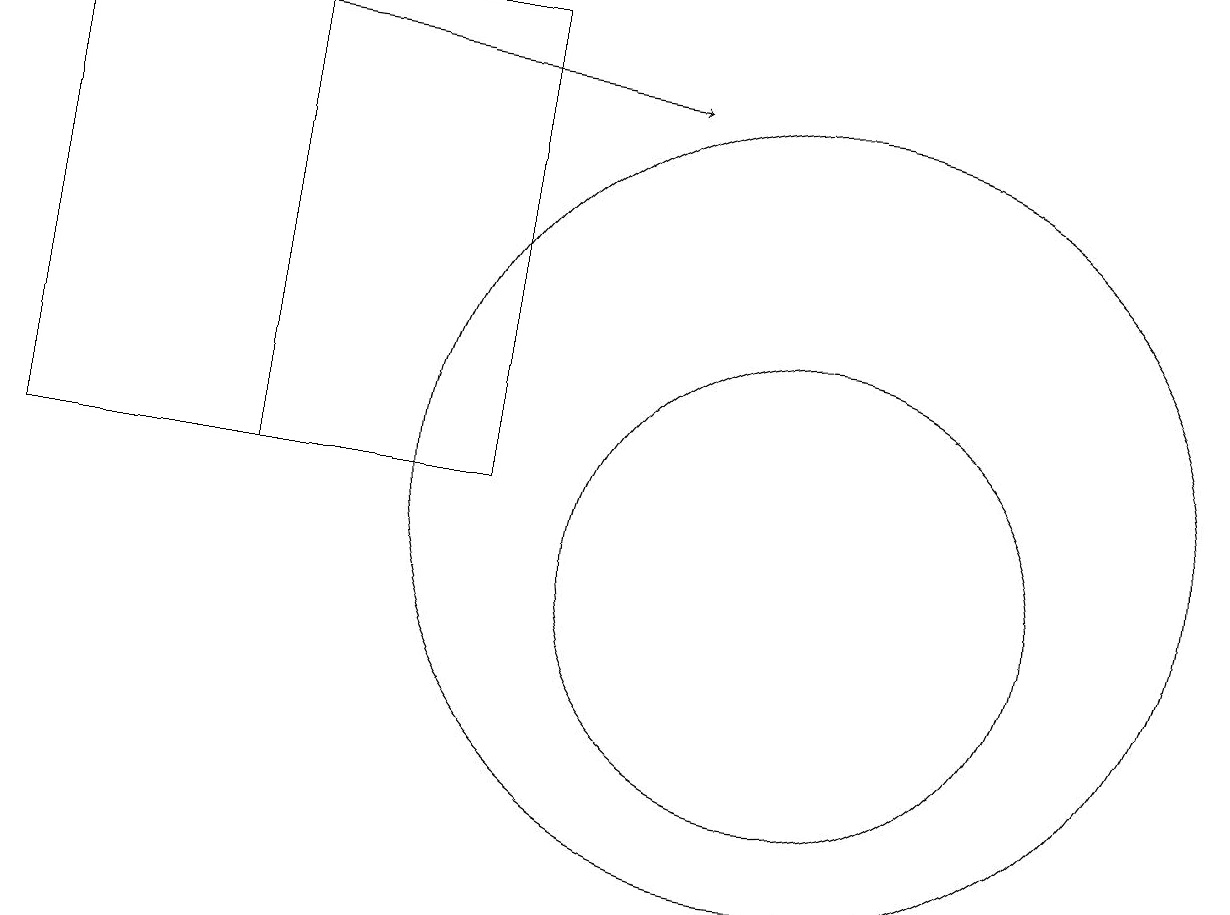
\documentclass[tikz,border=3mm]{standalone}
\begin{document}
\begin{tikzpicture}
\draw (10,11) circle (5);
\draw (3,11) rectangle (0,17);
\draw (10,10) circle (3);
\draw (0,17) rectangle (6,11);
\draw[->] (0,17) -- (8,16);
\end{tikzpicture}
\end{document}